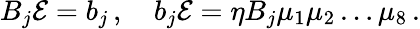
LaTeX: B_{j}{\cal E}=b_{j}\, ,\quad b_{j}{\cal E}=\eta B_{j}\mu_{1}\mu_{2}\dots\mu_{8}\, .